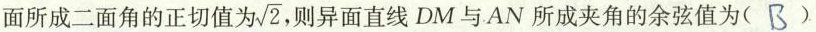
面所成二面角的正切值为\sqrt{2} ，则异面直线DM与AN所成夹角的余弦值为(B)